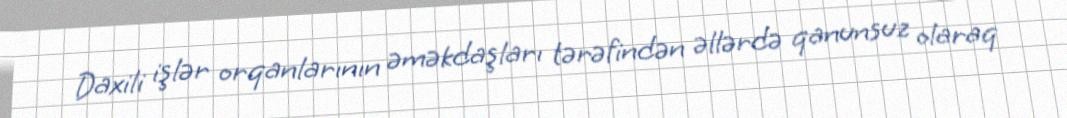
Daxili işlər orqanlarının əməkdaşları tərəfindən əllərdə qanunsuz olaraq